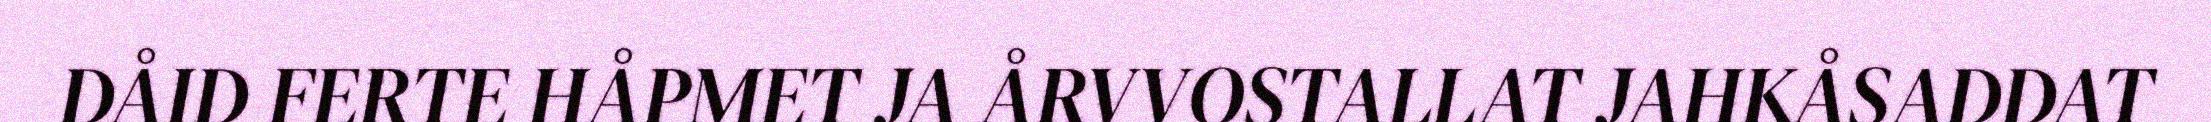
DÅID FERTE HÅPMET JA ÅRVVOSTALLAT JAHKÅSADDAT